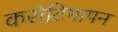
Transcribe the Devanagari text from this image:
करोटिमापन